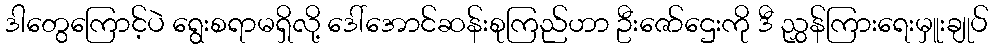
ဒါတွေကြောင့်ပဲ ရွေးစရာမရှိလို့ ဒေါ်အောင်ဆန်းစုကြည်ဟာ ဦးဇော်ဌေးကို ဒီ ညွှန်ကြားရေးမှူးချုပ်